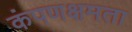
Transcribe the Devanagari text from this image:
कंपणक्षमता